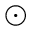
\odot